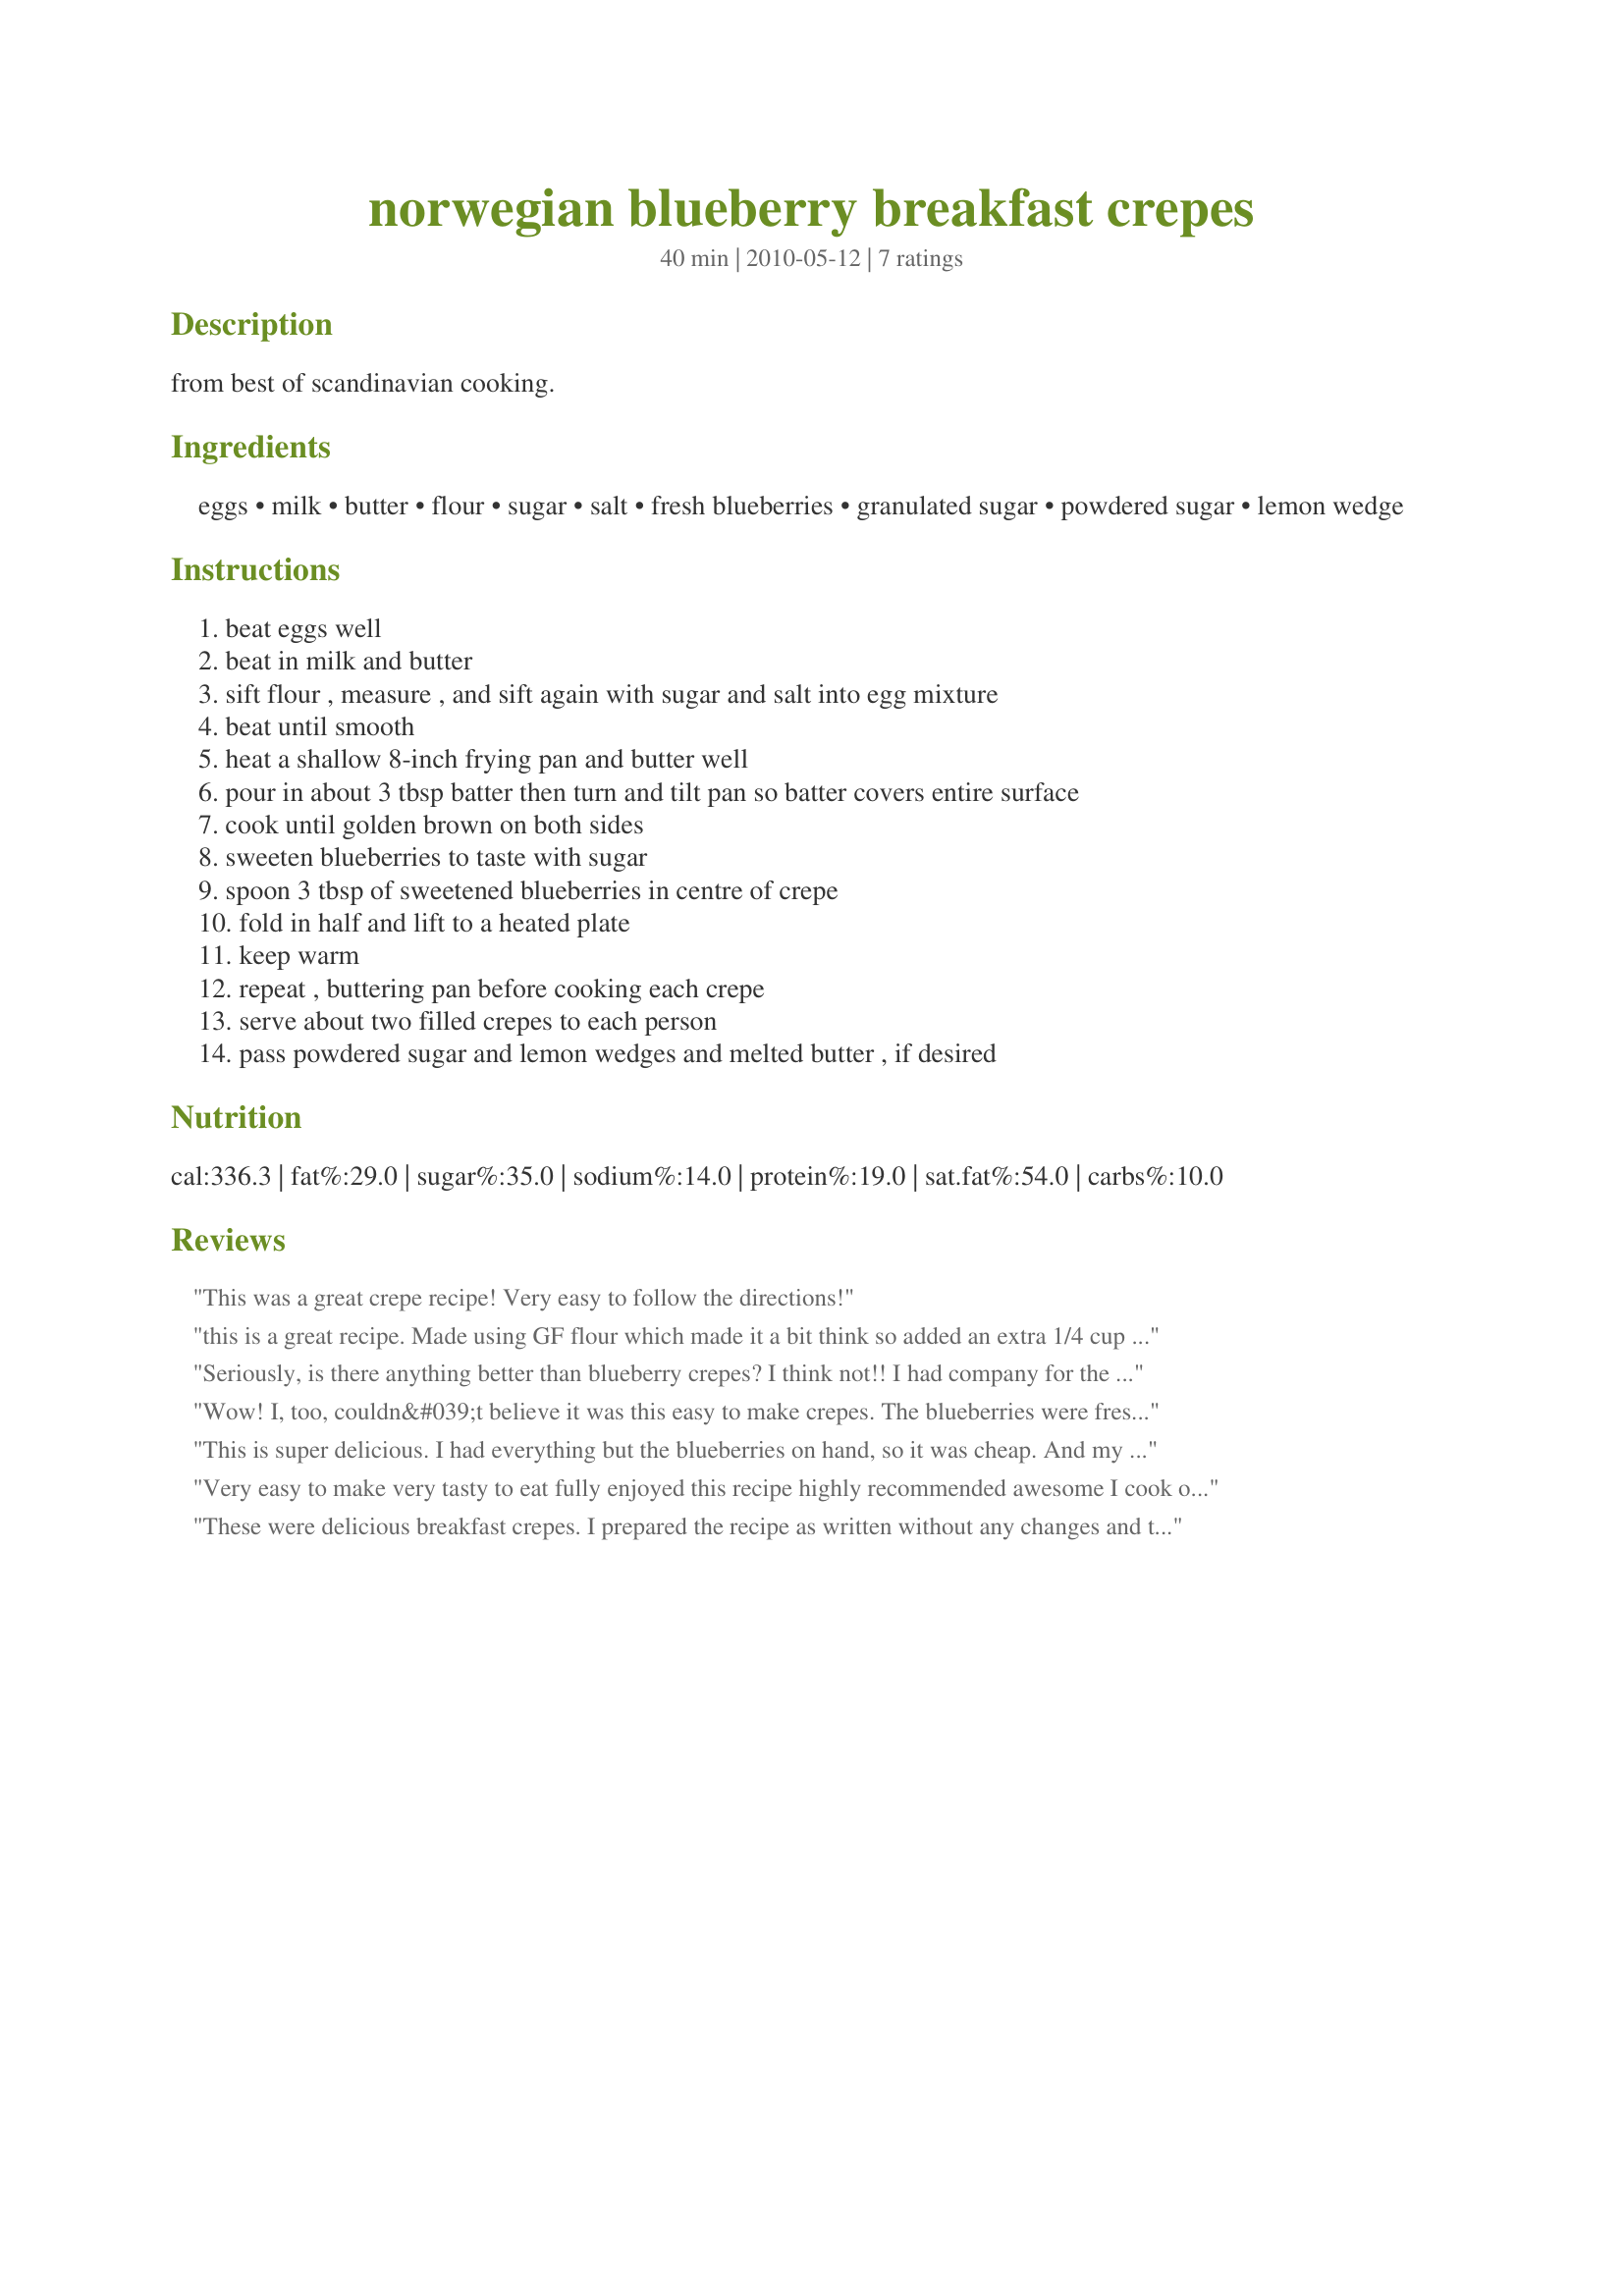
norwegian blueberry breakfast crepes
Preparation time: 40 minutes

from best of scandinavian cooking.

Ingredients:
eggs, milk, butter, flour, sugar, salt, fresh blueberries, granulated sugar, powdered sugar, lemon wedge

Steps:
beat eggs well
beat in milk and butter
sift flour , measure , and sift again with sugar and salt into egg mixture
beat until smooth
heat a shallow 8-inch frying pan and butter well
pour in about 3 tbsp batter then turn and tilt pan so batter covers entire surface
cook until golden brown on both sides
sweeten blueberries to taste with sugar
spoon 3 tbsp of sweetened blueberries in centre of crepe
fold in half and lift to a heated plate
keep warm
repeat , buttering pan before cooking each crepe
serve about two filled crepes to each person
pass powdered sugar and lemon wedges and melted butter , if desired

Reviews:
This was a great crepe recipe! Very easy to follow the directions!
this is a great recipe. Made using GF flour which made it a bit think so added an extra 1/4 cup of milk. Delicious! Thanks so much for sharing. Made for ZWT6 Seasoned Sailor and his Sassy Sirens.
Seriously, is there anything better than blueberry crepes? I think not!! I had company for the weekend and made these for a special breakfast. Every bite was a joy to eat and my son wanted me to make another batch just for him! I didn't add the lemon when serving and we loved them. I have kept this recipe in a special place and you can bet they will be made again around here! Totally yummy!!! Thank you Dreamer for another great breakfast idea!
Wow! I, too, couldn&#039;t believe it was this easy to make crepes. The blueberries were fresh from our garden this morning. This was sooo good although my photo is a little blurry, you get the idea! made for ZWT9 Soup-a-Stars
This is super delicious. I had everything but the blueberries on hand, so it was cheap. And my 8 year old son said this is the best thing I ever made. This made our once a week breakfast for dinner really special. I had never made crepes before and was surprised at how easy it was. I made Recipe #42038 to go along with this. I could see making these frequently in our house. Thank you for this delicious recipe Dreamer in Ontario! Made for team Tasty Testers for the Scandinavian round during ZWT9.
Very easy to make very tasty to eat fully enjoyed this recipe highly recommended awesome I cook on a NuWave and I set it at 375 degrees Fahrenheit perfect
These were delicious breakfast crepes. I prepared the recipe as written without any changes and they were so easy to prepare. And the blueberry filling was so scrumptious and with just the perfect touch of sweetness. They made a very nice presentation too, almost like something we see at restaurants. Thanks, Dreamer. Made for Culinary Quest 2017 (Scandinavia).
